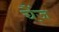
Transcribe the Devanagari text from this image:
चैंज